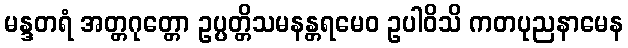
မန္ဒတရံ အတ္တဂုတ္တော ဥပ္ပတ္တိသမနန္တရမေဝ ဥပါဝိသိ ကတပုညနာမေန